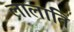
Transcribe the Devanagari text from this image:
लालांति